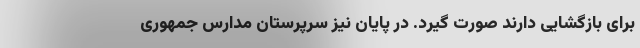
برای بازگشایی دارند صورت گیرد. در پایان نیز سرپرستان مدارس جمهوری